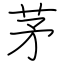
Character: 茅